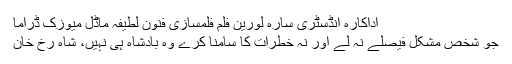
اداکارہ انڈسٹری سارہ لورین فلم فلمسازی فنون لطیفہ ماڈل میوزک ڈراما
جو شخص مشکل فیصلے نہ لے اور نہ خطرات کا سامنا کرے وہ بادشاہ ہی نہیں، شاہ رخ خان